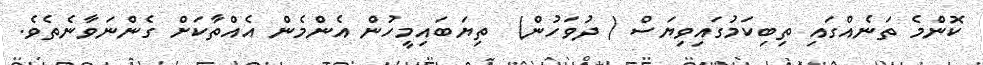
ކޮންމެ ތަނެއްގައި ތިބިކަމުގައިވިޔަސް ( ދުވަހުން)  ތިޔަބައިމީހުން އެންމެން އެއްތާކަށް ގެންނަވާނެތެވެ.